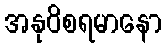
အနုဝိစရမာနော